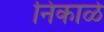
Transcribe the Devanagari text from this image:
निकाळे